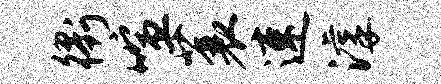
衢喧蓑速滹